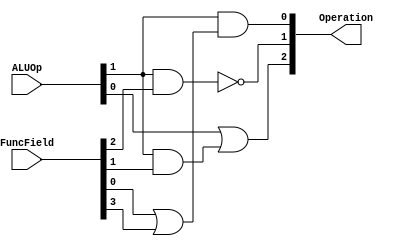
module ALUControlUnit (Operation, FuncField, ALUOp);
	input [5:0] FuncField;
	input [1:0] ALUOp;
	output [2:0] Operation;
	wire and_out, or_out;
	
	and a1(and_out, ALUOp[1], FuncField[1]);
	or o1(Operation[2], ALUOp[0], and_out);
	or o2(or_out, FuncField[0], FuncField[3]);
	and a2(Operation[0], ALUOp[1], or_out);
	nand(Operation[1], ALUOp[1], FuncField[2]);
	
endmodule